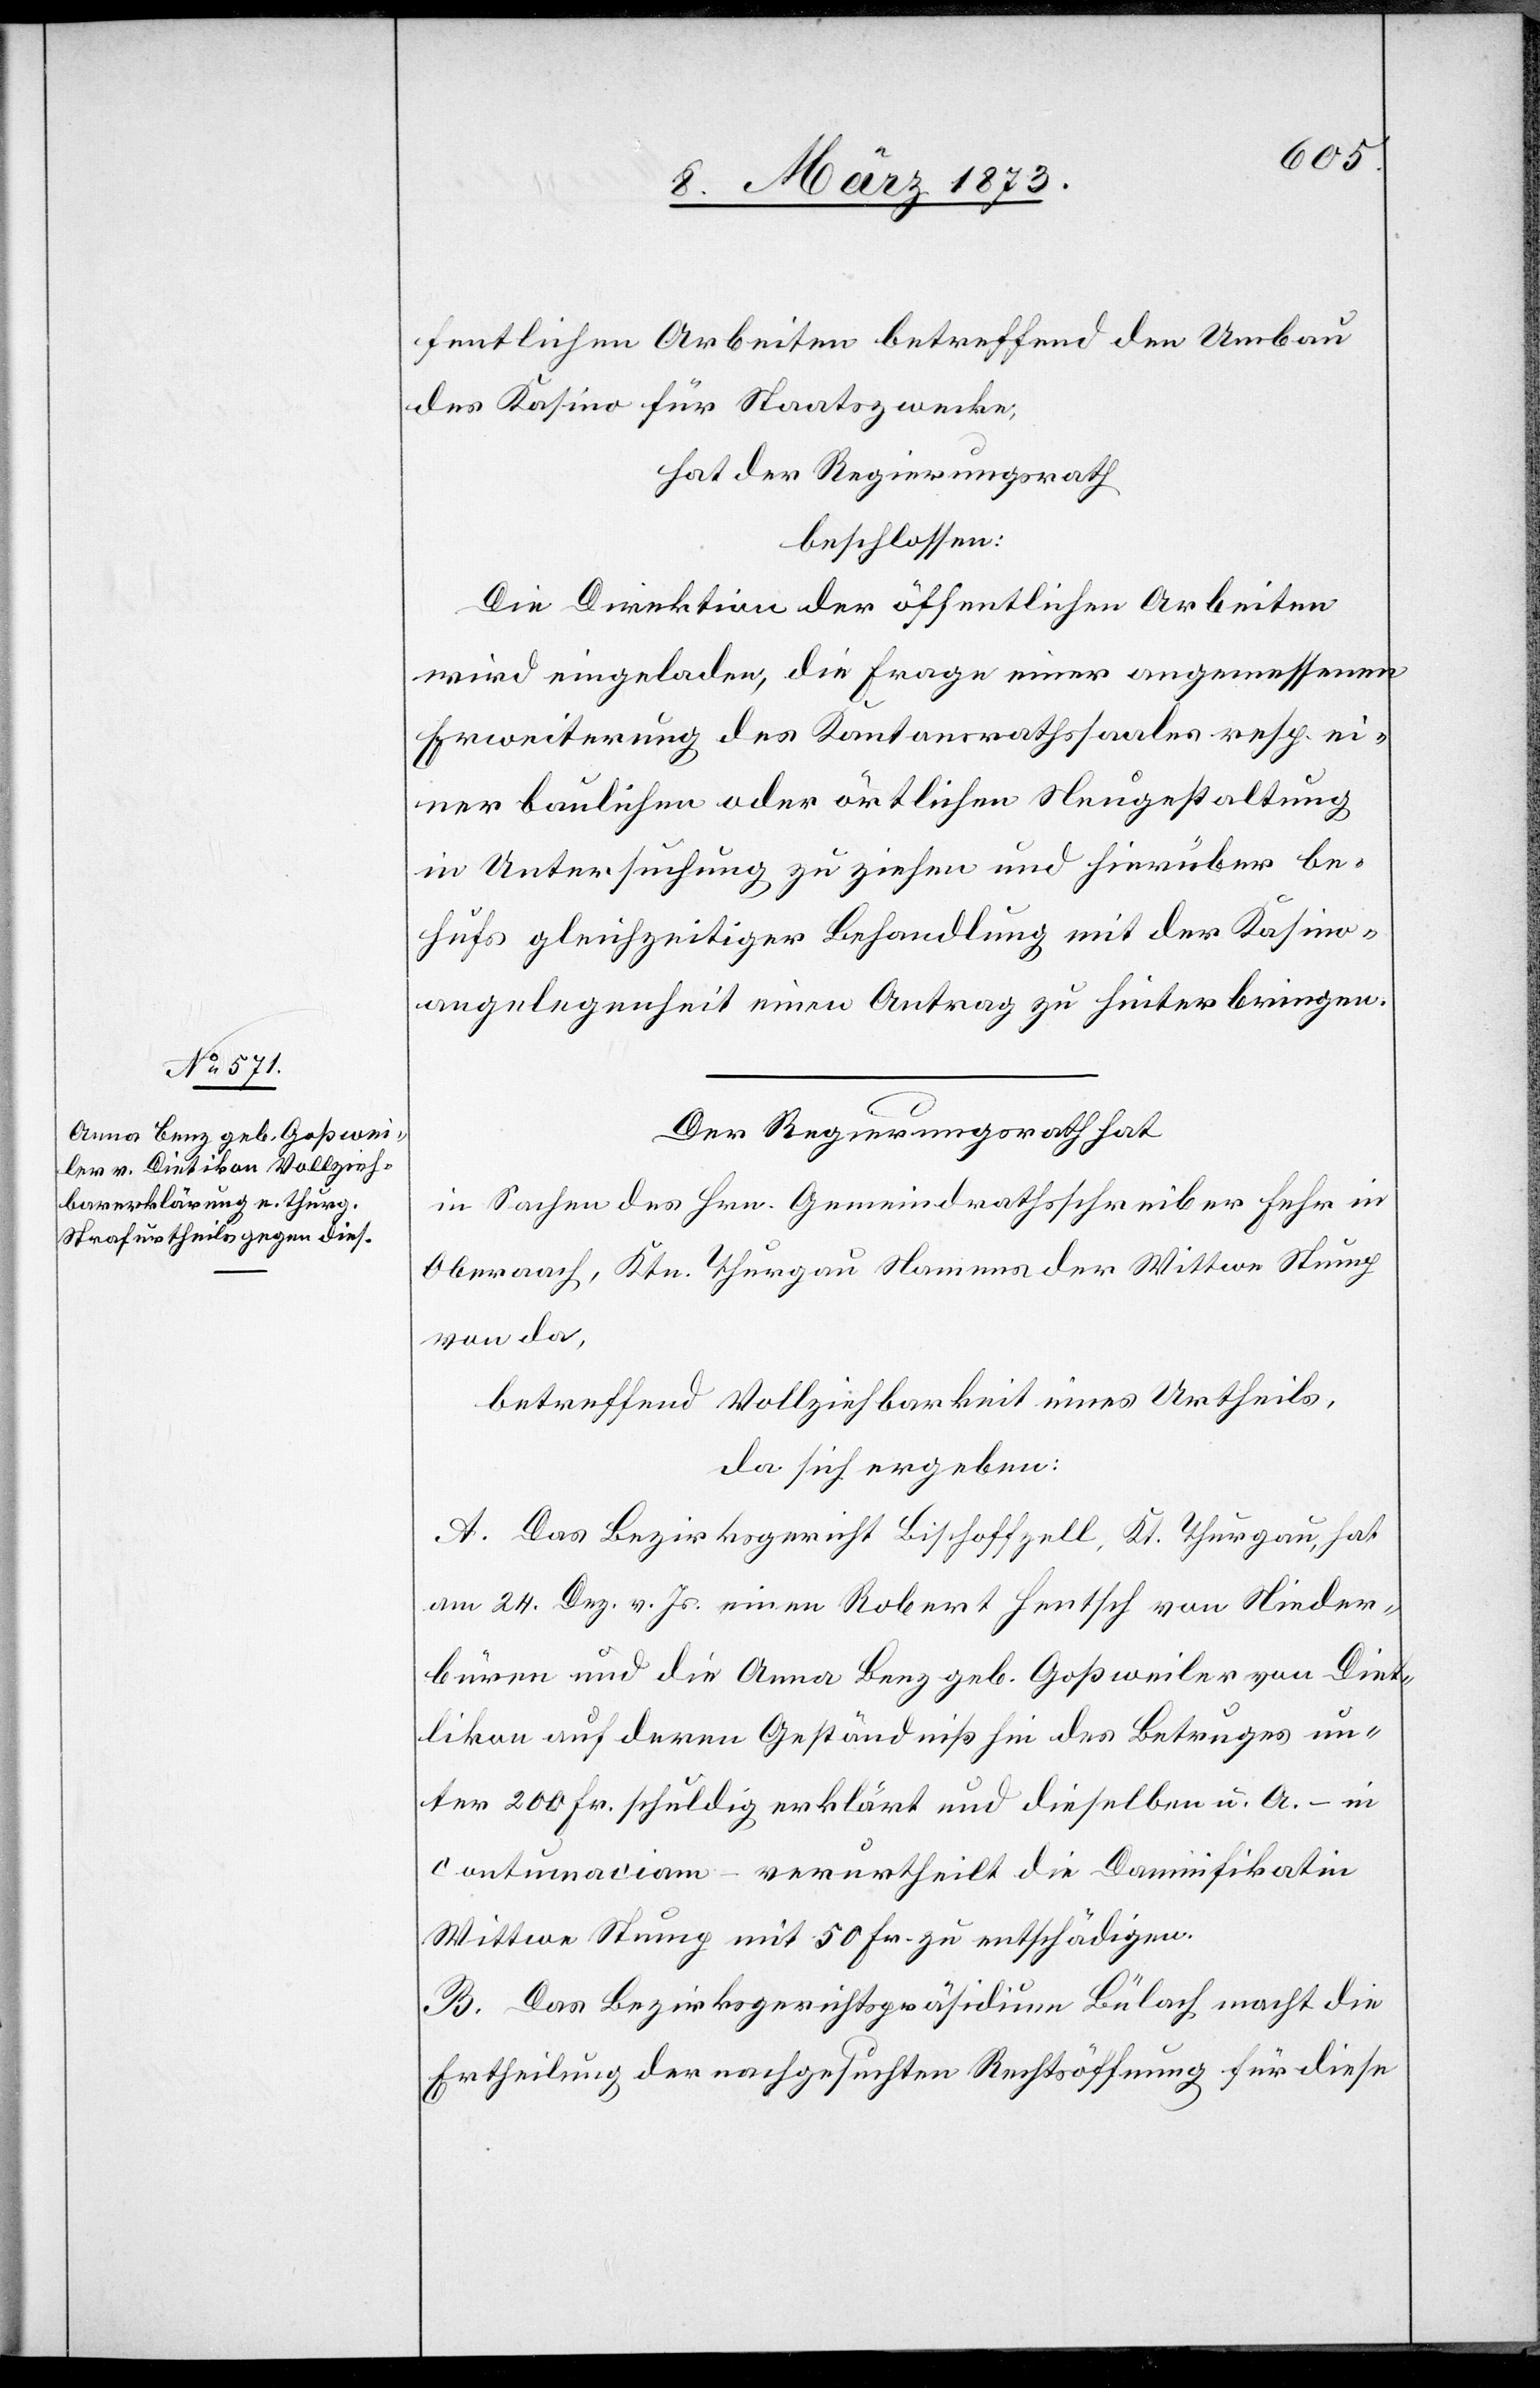
fentlichen Arbeiten betreffend den Umbau
des Kasino für Staatszwecke,
hat der Regierungsrath
beschlossen:
Die Direktion der öffentlichen Arbeiten
wird eingeladen, die Frage einer angemessenen
Erweiterung des Kantonsrathssaales resp. ei¬
ner baulichen oder örtlichen Neugestaltung
in Untersuchung zu ziehen und hierüber be¬
hufs gleichzeitiger Behandlung mit der Kasino¬
angelegenheit einen Antrag zu hinterbringen.
Der Regierungsrath hat
in Sachen des Hrn. Gemeindrathsschreiber Fehr in
Oberaach, Ktn. Thurgau Namens der Wittwe Stump
von da,
betreffend Vollziehbarkeit eines Urtheils,
da sich ergeben:
A. Das Bezirksgericht Bischoffzell [recte: Bischofszell], Kt.
am 24. Dez. v. Js. einen Robert Hentsch von Nieder¬
büren und die Anna Benz geb. Goßweiler von Diet¬
likon auf deren Geständniß hin des Betruges un¬
ter 200 Fr. schuldig erklärt und dieselben u. A. – in
contumaciam – verurtheilt die Damnifikatin
Wittwe Stump mit 50 Fr. zu entschädigen.
B. Das Bezirksgerichtspräsidium Bülach macht die
Ertheilung der nachgesuchten Rechtsöffnung für diese